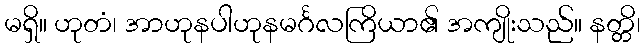
မရှိ။ ဟုတံ၊ အာဟုနပါဟုနမင်္ဂလကြိယာ၏ အကျိုးသည်။ နတ္တိ၊